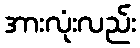
အားလုံးလည်း